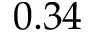
0 . 3 4